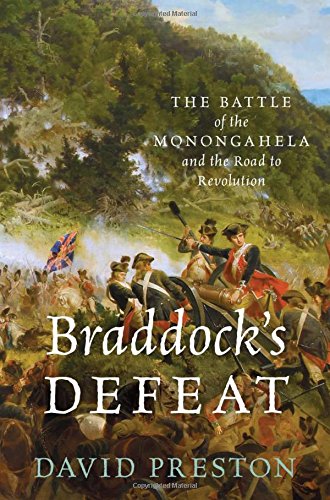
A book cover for Braddock's Defeat: The Battle of the Monongahela and the Road to Revolution (Pivotal Moments in American History); David L. Preston; History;